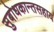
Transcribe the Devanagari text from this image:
सुबोधकान्तसहाय